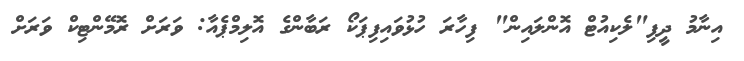
އިނާމު ދީފި"ލެކިއުޓް އޮންލައިން" ފިހާރަ ހުޅުވައިފިޕަކޯ ރަބާންގެ އޮލިމްޕެއާ: ވަރަށް ރޮމޭންޓިކް ވަރަށް